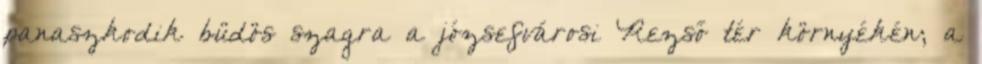
panaszkodik büdös szagra a józsefvárosi Rezső tér környékén; a